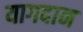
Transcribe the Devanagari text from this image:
यागदान